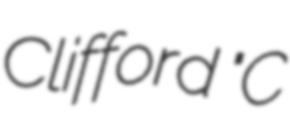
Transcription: Clifford "C